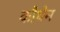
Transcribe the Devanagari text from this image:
कौथेम